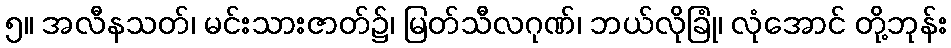
၅။ အလီနသတ်၊ မင်းသားဇာတ်၌၊ မြတ်သီလဂုဏ်၊ ဘယ်လိုခြုံ၊ လုံအောင် တို့ဘုန်း